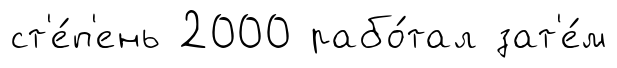
ст'е́п'ень 2000 рабо́тал зат'е́м